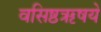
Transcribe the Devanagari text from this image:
वसिष्ठऋषये